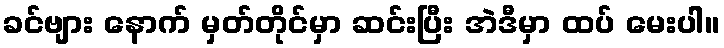
ခင်ဗျား နောက် မှတ်တိုင်မှာ ဆင်းပြီး အဲဒီမှာ ထပ် မေးပါ။